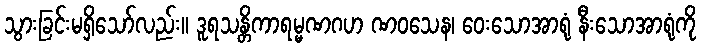
သွားခြင်းမရှိသော်လည်း။ ဒူရသန္တိကာရမ္မဏဂဟ ဏဝသေန၊ ဝေးသောအာရုံ နီးသောအာရုံကို